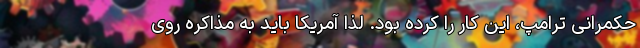
حکمرانی ترامپ، این کار را کرده بود. لذا آمریکا باید به مذاکره روی